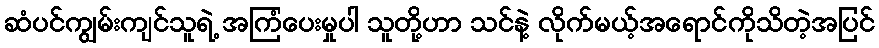
ဆံပင်ကျွမ်းကျင်သူရဲ့ အကြံပေးမှုပါ သူတို့ဟာ သင်နဲ့ လိုက်မယ့်အရောင်ကိုသိတဲ့အပြင်